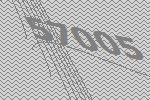
57005